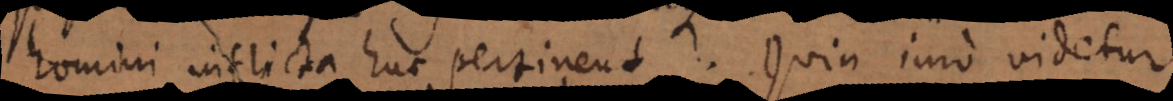
homini inflicta huc pertinent. Quin imo videtur